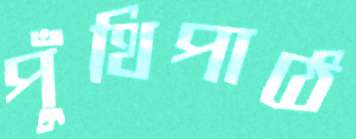
পুঁথিপাঠে